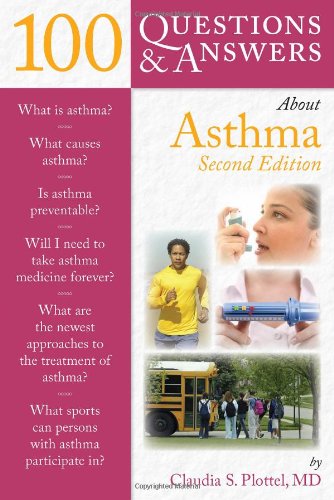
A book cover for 100 Questions  &  Answers About Asthma; Claudia S. Plottel; Health, Fitness & Dieting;